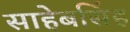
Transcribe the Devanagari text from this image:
साहेबसिंह